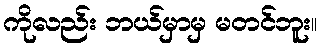
ကိုလည်း ဘယ်မှာမှ မတင်ဘူး။